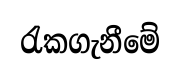
රැකගැනීමේ